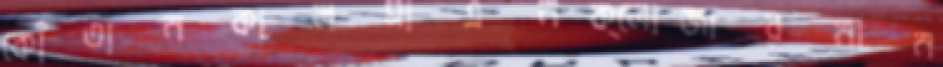
কোঁতানকালমাএনক্লোজারনান